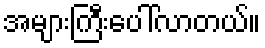
အများကြီးပေါ်လာတယ်။